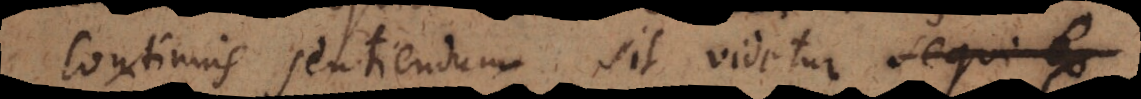
continuis sentiendum sit videtur sequi ex